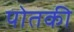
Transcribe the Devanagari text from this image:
पोतकी